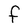
Character: F